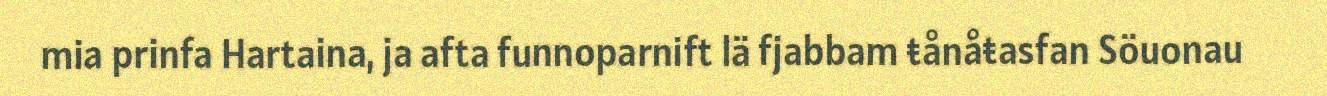
mia prinfa Hartaina, ja afta funnoparnift lä fjabbam ŧånåŧasfan Söuonau